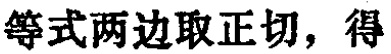
等式两边取正切，得